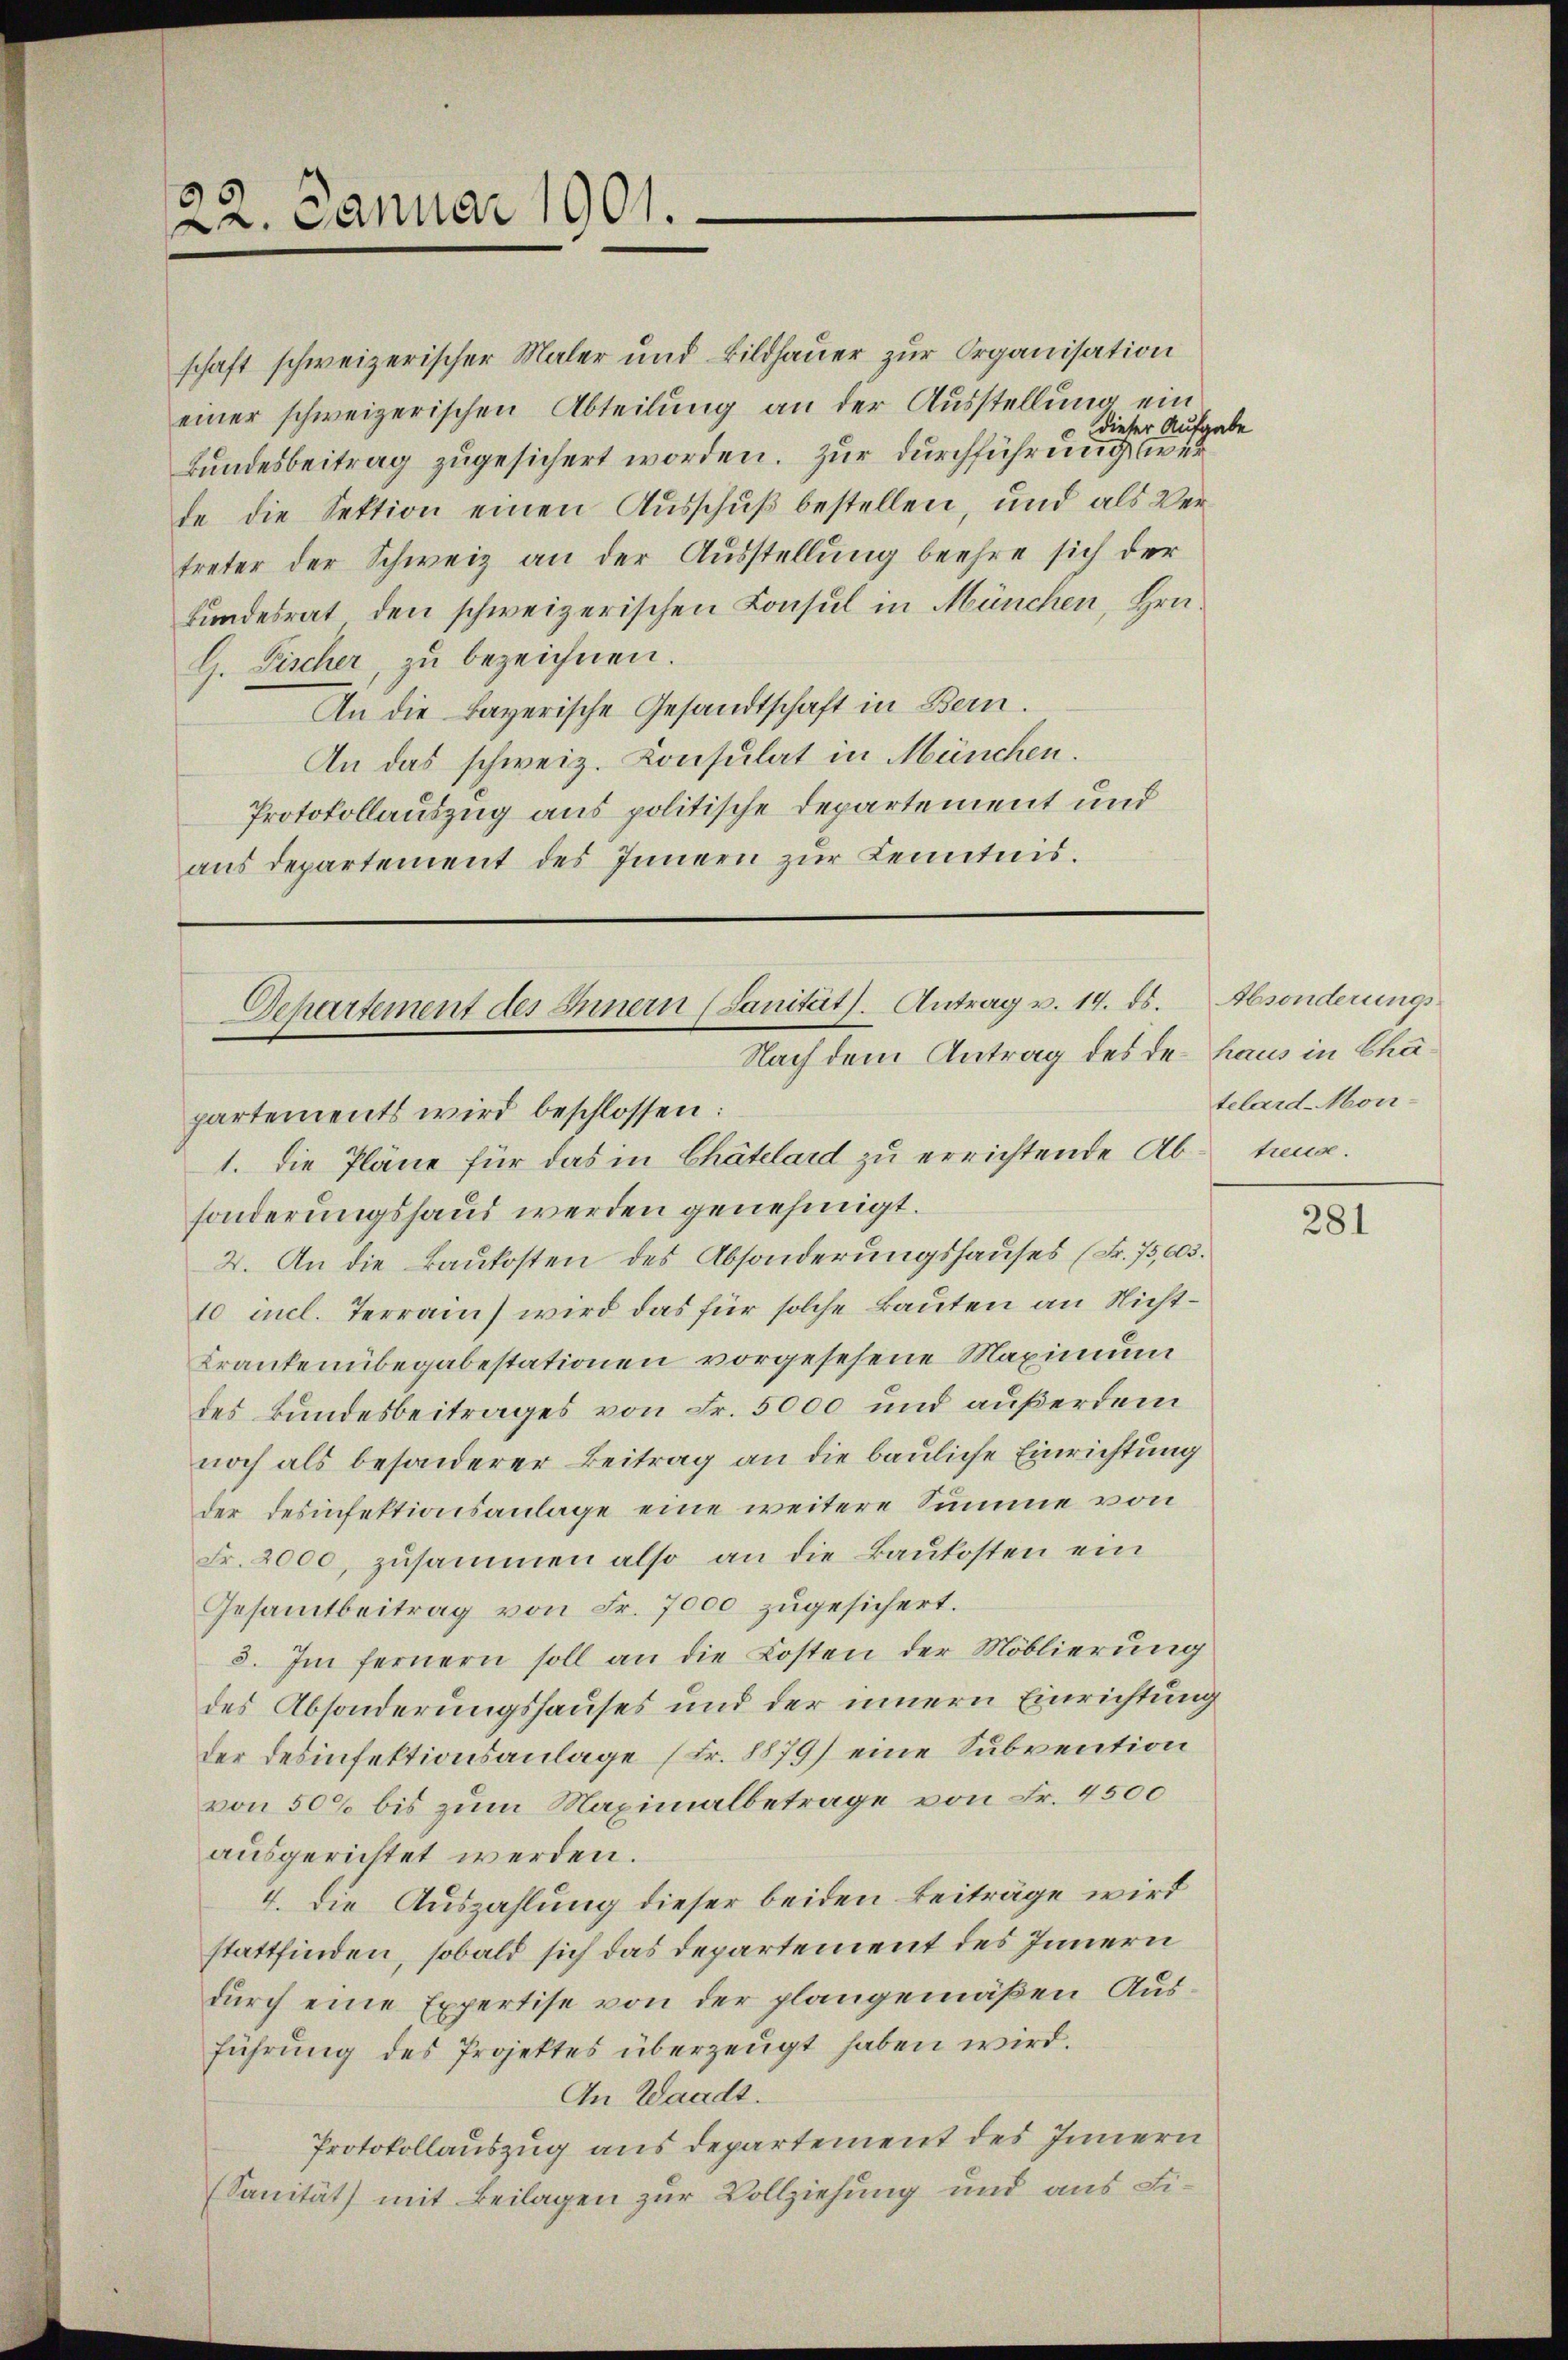
22. Januar 1901.

schaft schweizerischer Maler und Bildhauer zur Organisation
einer schweizerischen Abteilung an der Ausstellung ein
dieser Aufgab
Bundesbeitrag zugesichert worden. Zur Durchführung wer
de die Sektion einen Ausschuß bestellen, und als Vertreter der Schweiz an der Ausstellung beehre sich der
Bundesrat den schweizerischen Konsul in München, Hrn.
G. Fischer, zu bezeichnen.
An die Bayerische Gesandtschaft in Bern.
An das schweiz. Konsulat in München.
Protokollauszug aus politische Departement und
aus departement des Innern zur Kenntnis.

Separtement des Innern (Sanität. Antrag v. 14. ds.
Nach dem Antrag des der Haus in Cha¬

partements wird beschlossen:
1. Die Pläne für das in Chätelard zu errichtende Ab-tung.
sonderungshaus werden genehmigt.
2. An die Baukosten des Absonderungshauses (Fr. 75,005.
10 incl. Terrain wird das für solche Bauten an Nicht¬
Krankenübegabestationen vorgesehene Maximum
des Bundesbeitrages von Fr. 5000 und außerdem
noch als besonderer Beitrag an die bauliche Einrichtung
der desinfektionsanlage eine weitere Summe von
Fr. 2000, zusammen also an die Baukosten ein
Gesammtbeitrag von Fr. 7000 zugesichert.
3. Im fernern soll an die Kosten der Moblierung
des Absonderungshauses und der innern Einrichtung
der Desinfektionsanlage (Fr. 8879) eine Subvention
von 50% bis zum Maximalbetrage von Fr. 4500
ausgerichtet werden.
4. Die Auszahlung dieser beiden Beiträge wird
stattfinden, sobald sich das Departement des Innern
durch eine Expertise von der plangemäßen Ausführung des Projektes überzeugt haben wird.
An Waadt.
Protokollauszug aus departement des Innern
(Sanität mit Beilagen zur Vollziehung und aus Fi¬

Absonderungstelard-Mon-

te

281